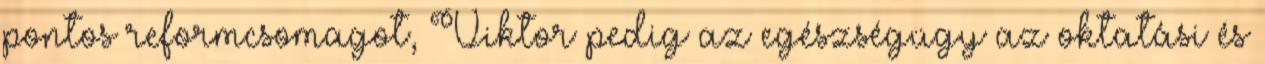
pontos reformcsomagot, Viktor pedig az egészségügy az oktatási és